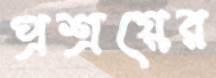
প্রশ্রয়ের